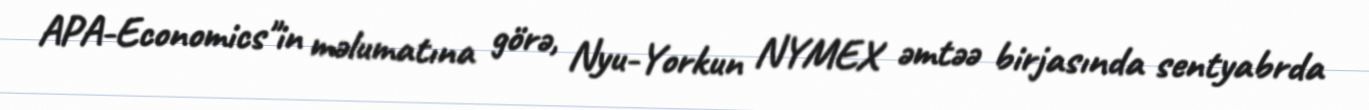
APA-Economics"in məlumatına görə, Nyu-Yorkun NYMEX əmtəə birjasında sentyabrda